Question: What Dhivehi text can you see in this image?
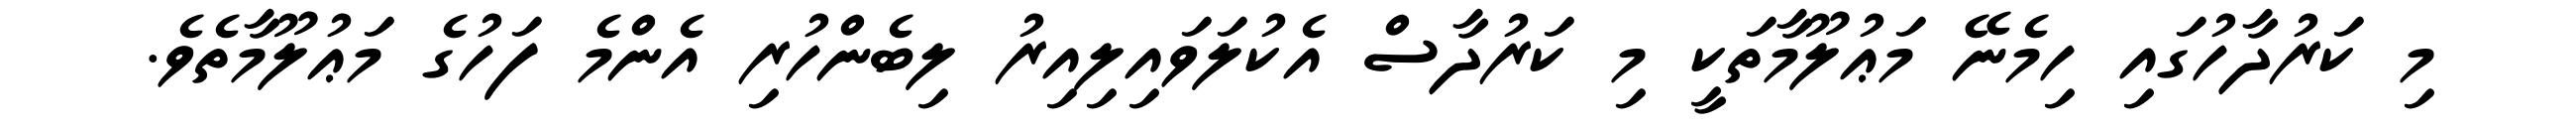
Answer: މި ކަރުދާހުގައި ހިމެނޭ މަޢުލޫމާތަކީ މި ކަރުދާސް އެކުލަވައިލިއިރު ލިބެންހުރި އެންމެ ފަހުގެ މަޢުލޫމާތެވެ.